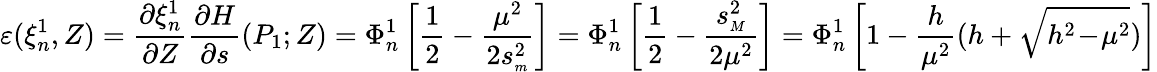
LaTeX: \varepsilon(\xi_{n}^{1},Z)=\frac{\partial\xi_{n}^{1}}{\partial Z}\frac{\partial H}{\partial s}(P_{1};Z)=\Phi_{n}^{1}\left[\frac 12-\frac{\mu^{2}}{2s_{{\scriptscriptstyle m}}^{2}}\right]=\Phi_{n}^{1}\left[\frac 12-\frac{s_{{\scriptscriptstyle M}}^{2}}{2\mu^{2}}\right]=\Phi_{n}^{1}\left[1-\frac{h}{\mu^{2}}(h+\sqrt{h^{2}\! -\! \mu^{2}})\right]